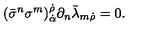
( \bar { \sigma } ^ { n } \sigma ^ { m } ) _ { \dot { \alpha } } ^ { \dot { \rho } } \partial _ { n } \bar { \lambda } _ { m \dot { \rho } } = 0 .